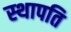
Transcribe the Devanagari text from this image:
स्‍थापति